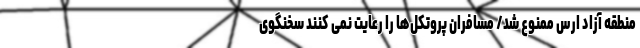
منطقه آزاد ارس ممنوع شد/ مسافران پروتکل‌ها را رعایت نمی کنند سخنگوی